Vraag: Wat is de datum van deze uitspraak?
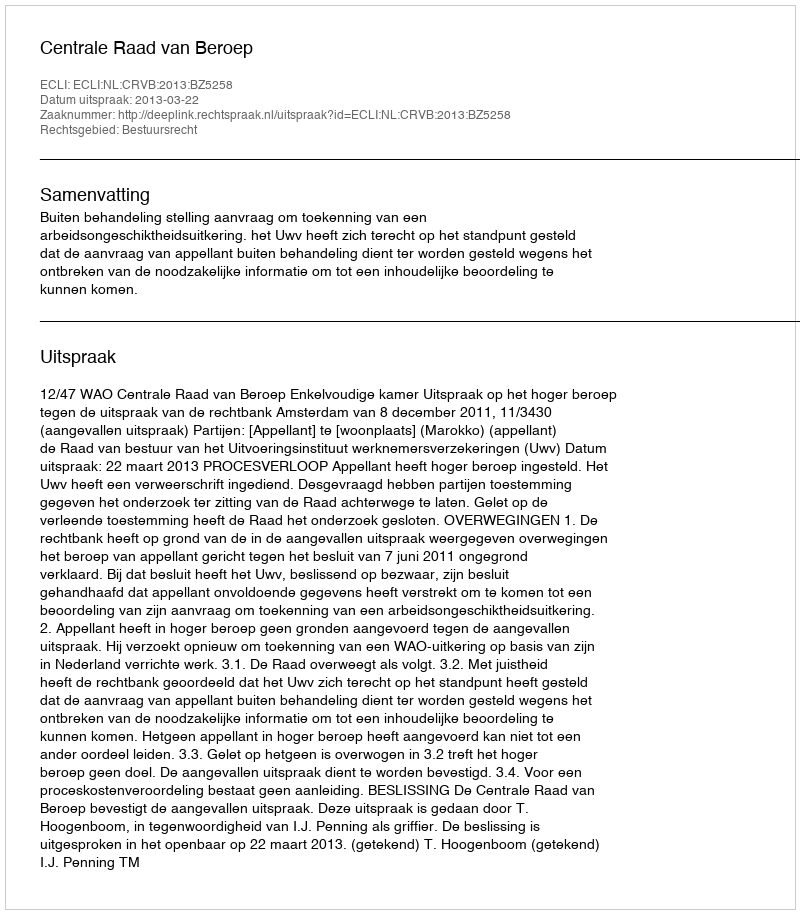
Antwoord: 2013-03-22